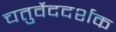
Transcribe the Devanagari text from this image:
चतुर्वेददर्शक